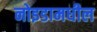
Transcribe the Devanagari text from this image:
नोइडामधील